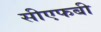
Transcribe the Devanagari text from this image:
सीएफबी